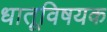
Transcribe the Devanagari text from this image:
धातूविषयक